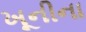
ખૂનીના